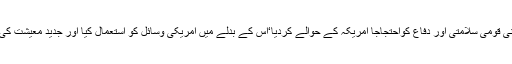
وزیر اعظم شیگیرو یا شودہ نے جاپان کو اپنی قومی سلامتی اور دفاع کواحتجاجاً امریکہ کے حوالے کردیا‘اس کے بدلے میں امریکی وسائل کو استعمال کیا اور جدید معیشت کی بحالی اور تعمیر کی کوششوں پر توجہ دی۔